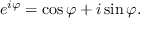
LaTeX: e ^ { i \varphi } = \cos \varphi + i \sin \varphi .